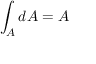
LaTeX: \int _ { A } d A = A